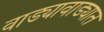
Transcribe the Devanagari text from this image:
वाड्यावाड्यात